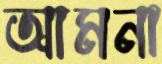
আমনা